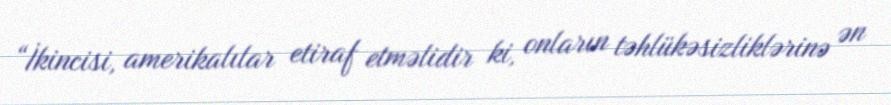
“İkincisi, amerikalılar etiraf etməlidir ki, onların təhlükəsizliklərinə ən